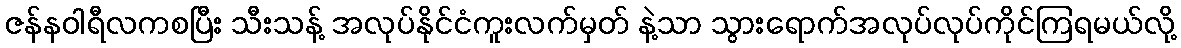
ဇန်နဝါရီလကစပြီး သီးသန့် အလုပ်နိုင်ငံကူးလက်မှတ် နဲ့သာ သွားရောက်အလုပ်လုပ်ကိုင်ကြရမယ်လို့